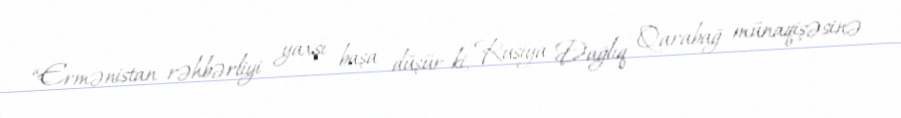
“Ermənistan rəhbərliyi yaxşı başa düşür ki, Rusiya Dağlıq Qarabağ münaqişəsinə